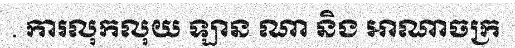
. ការលុកលុយ ឡាន ណា និង អាណាចក្រ